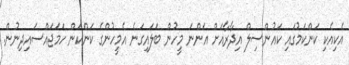
އެކިއެކި ކަންކަމުގައި ކައުންސިލް އިދާރާއަށް އަންނަ މީހުން ބަލައިގަނެ އެމީހުންގެ ކަންކަން ހަމަޖައްސައިދިނުން.